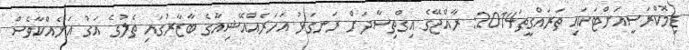
ޑިމޮކްރަސީއަށްޓަކައި ތަރައްގީތަ2014: ރާއްޖޭގެ އިގްތިސާދަށް ރަނގަޅު އަހަރެއްއޭޝިއާގެ ބާޒާރުގައި ތެލުގެ އަގު އަނެއްކާވެސް